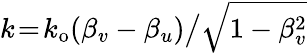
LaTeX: k\! =\! k_{\mathrm{o}}(\beta_{v}-\beta_{u})\big/\sqrt{1-\beta_{v}^{2}}